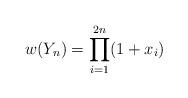
LaTeX: \begin{align*} w(Y_n)=\prod_{i=1}^{2n} (1+ x_i)\end{align*}